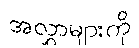
အလွှာများကို